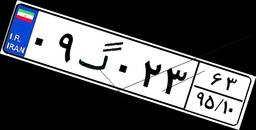
۵۸گ۹۸۱۷۹